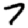
Digit: 7